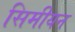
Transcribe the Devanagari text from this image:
सिमीयन